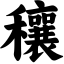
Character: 穰